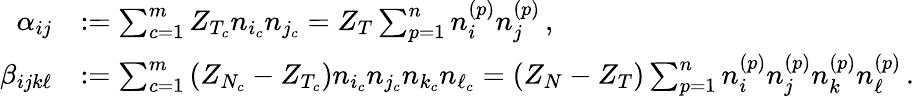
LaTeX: \begin{array}{rl}{\alpha_{ij}}&{:=\sum_{c=1}^{m}Z_{T_{c}}n_{i_{c}}n_{j_{c}}=Z_{T}\sum_{p=1}^{n}n_{i}^{(p)}n_{j}^{(p)}\, ,}\\ {\beta_{ijk\ell}}&{:=\sum_{c=1}^{m}\left(Z_{N_{c}}-Z_{T_{c}}\right)n_{i_{c}}n_{j_{c}}n_{k_{c}}n_{\ell_{c}}=(Z_{N}-Z_{T})\sum_{p=1}^{n}n_{i}^{(p)}n_{j}^{(p)}n_{k}^{(p)}n_{\ell}^{(p)}\, .}\end{array}